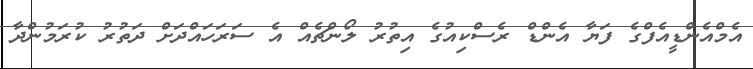
އެމްއެންޑީއެފްގެ ފަޔާ އެންޑް ރެސްކިއުގެ އިތުރު ލޯންޗެއް އެ ސަރަހައްދަށް ދަތުރު ކުރަމުންދާ